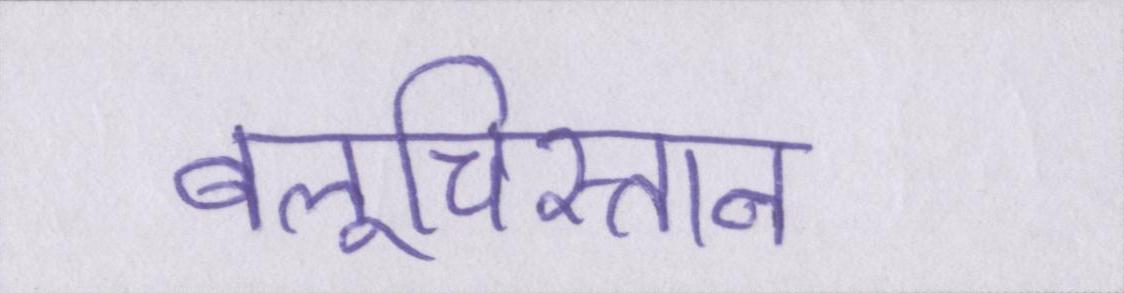
बलूचिस्तान